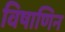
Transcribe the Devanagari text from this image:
विषाणिन